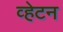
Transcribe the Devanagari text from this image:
व्हेटन